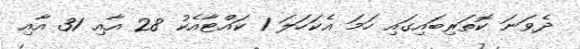
ދެވަނަ ކޮތަރިބައިގައި ހަމަ އެކަހަލަ 1 ކައްޓާއެކު 28 އާއި 31 އާއި